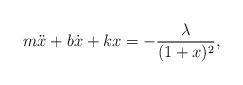
LaTeX: \begin{align*}\displaystyle m \ddot x + b \dot x + k x=-\frac{\lambda} {(1+x)^{2}},\end{align*}